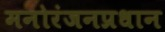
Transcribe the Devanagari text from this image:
मनोरंजनप्रधान